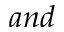
a n d